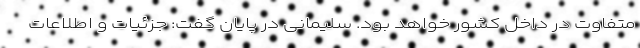
متفاوت در داخل کشور خواهد بود. سلیمانی در پایان گفت: جزئیات و اطلاعات